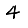
Digit: 4